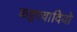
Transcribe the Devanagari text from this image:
कट्टरवादियो